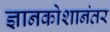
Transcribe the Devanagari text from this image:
ज्ञानकोशानंतर